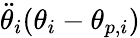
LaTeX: \ddot{\theta}_{i}(\theta_{i}-\theta_{p,i})